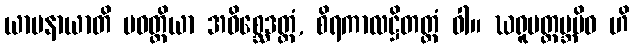
ယာပနာယာတိ ပဝတ္တိယာ အဝိစ္ဆေဒတ္ထံ, စိရကာလဋ္ဌိတတ္ထံ ဝါ။ ဃရူပတ္ထမ္ဘမိဝ ဟိ